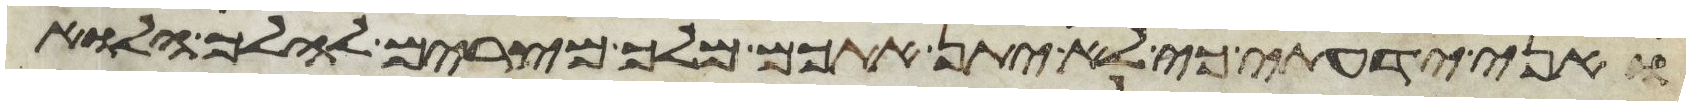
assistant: ואני ידעתי כי לא יתן אתכם מלך מצרים להלך הלוא